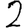
Digit: 2